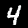
Label: 4